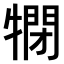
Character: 𤛞